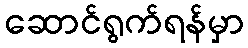
ဆောင်ရွက်ရန်မှာ